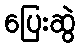
ပြေးဆွဲ